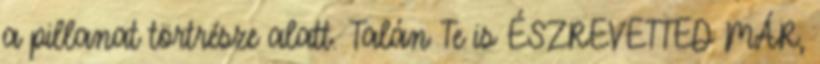
a pillanat törtrésze alatt. Talán Te is ÉSZREVETTED MÁR,